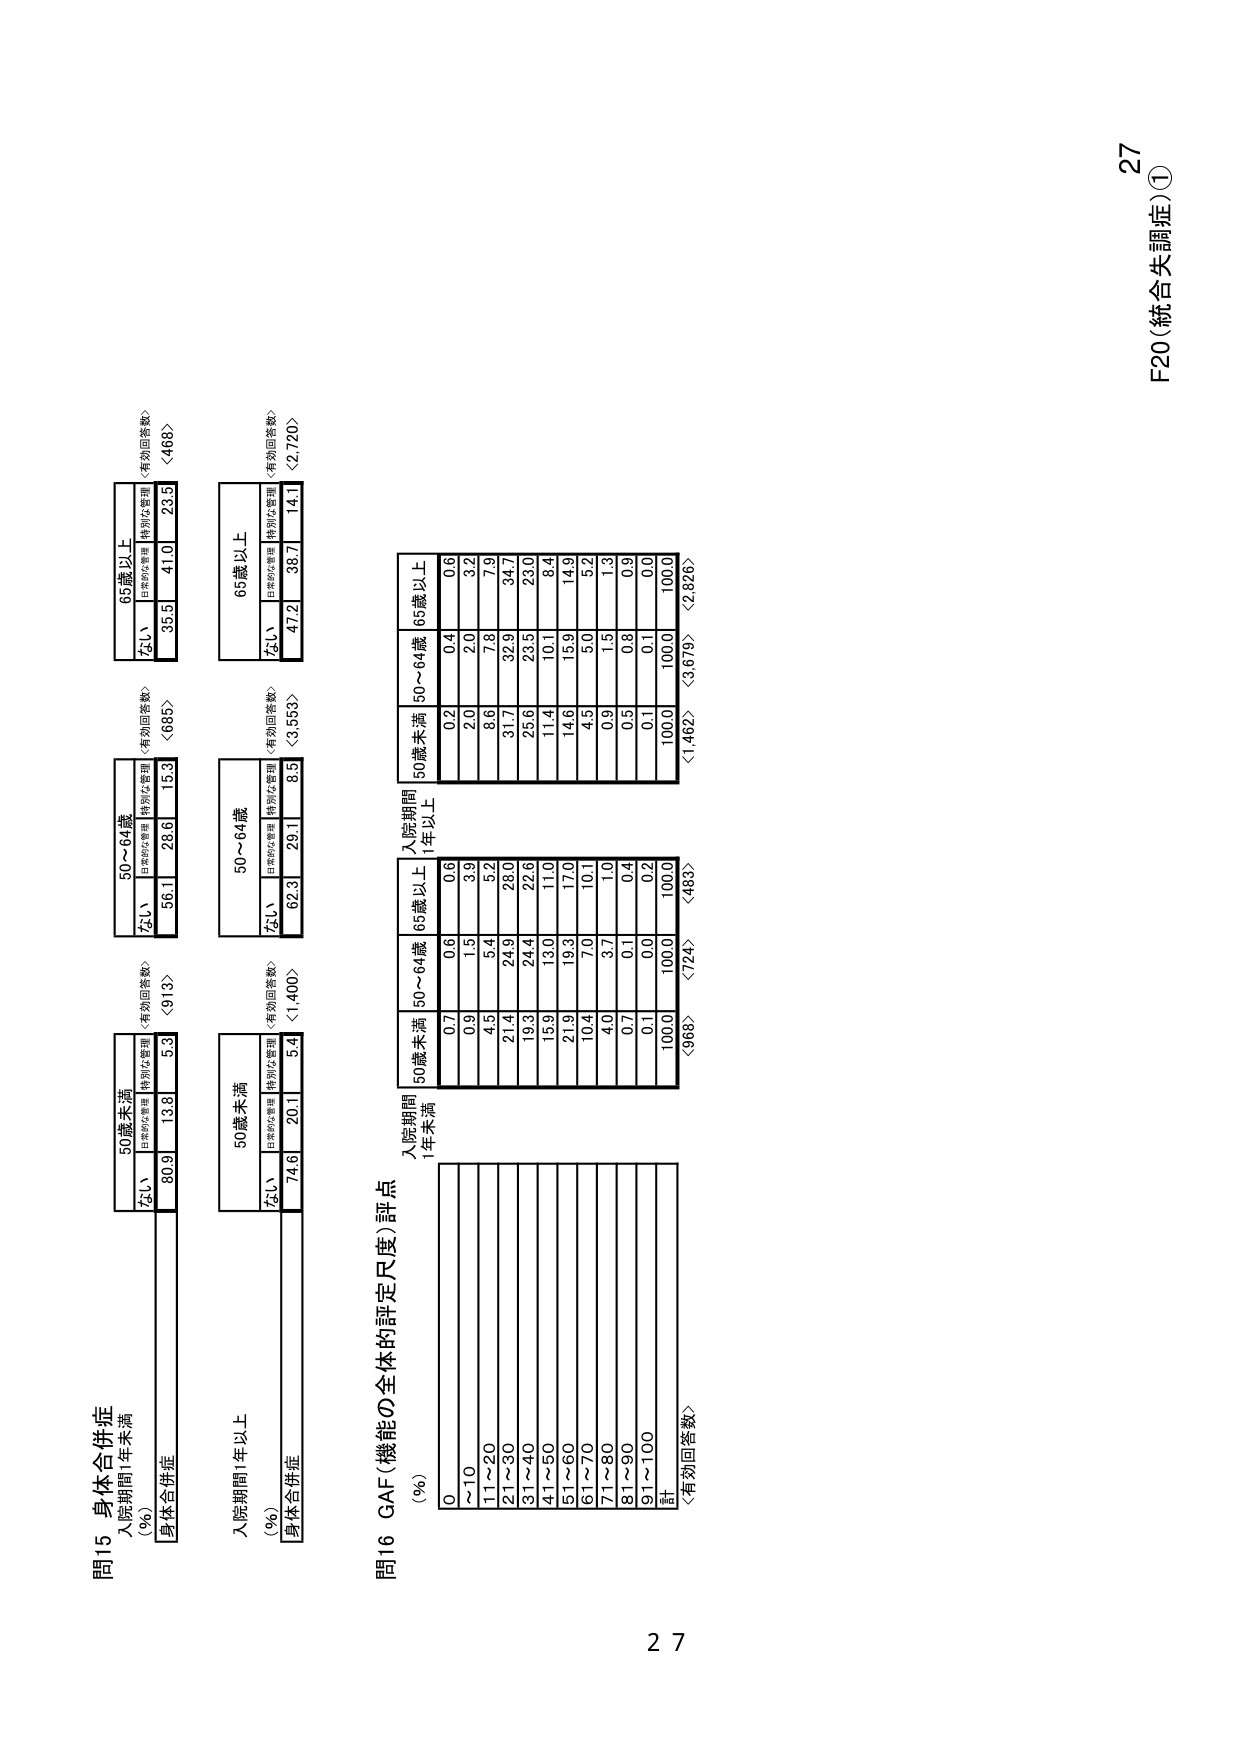
27
F20（統合失調症）①

問15 身体合併症
入院期間1年未満
（%）
身体合併症
50歳未満
なし
80.9
13.8
5.3
〈913〉
50～64歳
なし
56.1
28.6
15.3
〈685〉
65歳以上
なし
35.5
41.0
23.5
〈468〉
（有効回答数）
（有効回答数）
（有効回答数）

入院期間1年以上
（%）
身体合併症
50歳未満
なし
74.6
20.1
5.4
〈1,400〉
50～64歳
なし
62.3
29.1
8.5
〈3,553〉
65歳以上
なし
47.2
38.7
14.1
〈2,720〉
（有効回答数）
（有効回答数）
（有効回答数）

問16 GAF（機能の全体的評定尺度）評点
（%）
0
～10
11～20
21～30
31～40
41～50
51～60
61～70
71～80
81～90
91～100
計
〈有効回答数〉
入院期間
1年未満
50歳未満
0.7
0.9
4.5
21.4
19.3
15.9
21.9
10.4
4.0
0.7
0.1
100.0
〈968〉
50～64歳
0.6
1.5
5.4
24.9
24.4
13.0
19.3
7.0
3.7
0.1
0.0
100.0
〈724〉
65歳以上
0.6
0.6
5.2
28.0
22.6
11.0
17.0
10.1
1.0
0.4
0.2
100.0
〈483〉
入院期間
1年以上
50歳未満
0.2
0.2
8.6
31.7
25.6
11.4
14.6
4.5
0.9
0.5
0.1
100.0
〈1,462〉
50～64歳
0.4
2.0
7.8
32.9
23.5
10.1
15.9
5.0
1.3
0.8
0.0
100.0
〈3,679〉
65歳以上
0.6
3.2
7.9
34.7
23.0
8.4
14.9
5.2
1.3
0.9
0.0
100.0
〈2,826〉